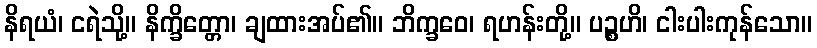
နိရယံ၊ ငရဲသို့။ နိက္ခိတ္တော၊ ချထားအပ်၏။ ဘိက္ခဝေ၊ ရဟန်းတို့။ ပဉ္စဟိ၊ ငါးပါးကုန်သော။